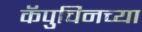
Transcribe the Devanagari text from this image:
कॅपुचिनच्या